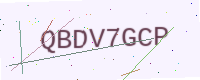
Text: QBDV7GCP